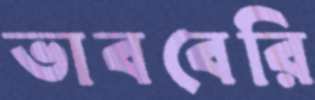
ভাববেরি